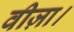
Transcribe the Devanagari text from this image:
वीज़ा।